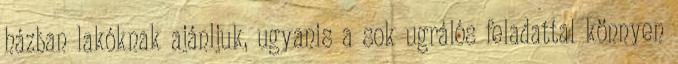
házban lakóknak ajánljuk, ugyanis a sok ugrálós feladattal könnyen